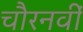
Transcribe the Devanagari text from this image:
चौरनवीं